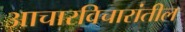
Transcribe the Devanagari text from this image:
आचारविचारांतील